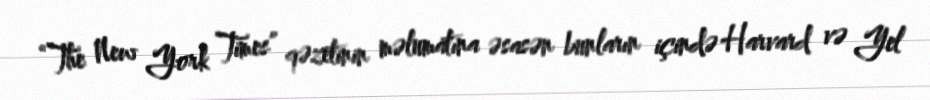
“The New York Times” qəzetinin məlumatına əsasən bunların içində Harvard və Yel